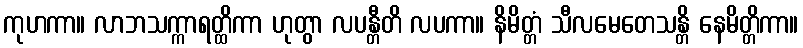
ကုဟကာ။ လာဘသက္ကာရတ္ထိကာ ဟုတွာ လပန္တီတိ လပကာ။ နိမိတ္တံ သီလမေတေသန္တိ နေမိတ္တိကာ။